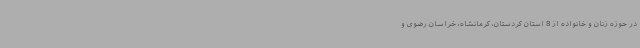
در حوزه زنان و خانواده از 8 استان کردستان، کرمانشاه، خراسان رضوی و